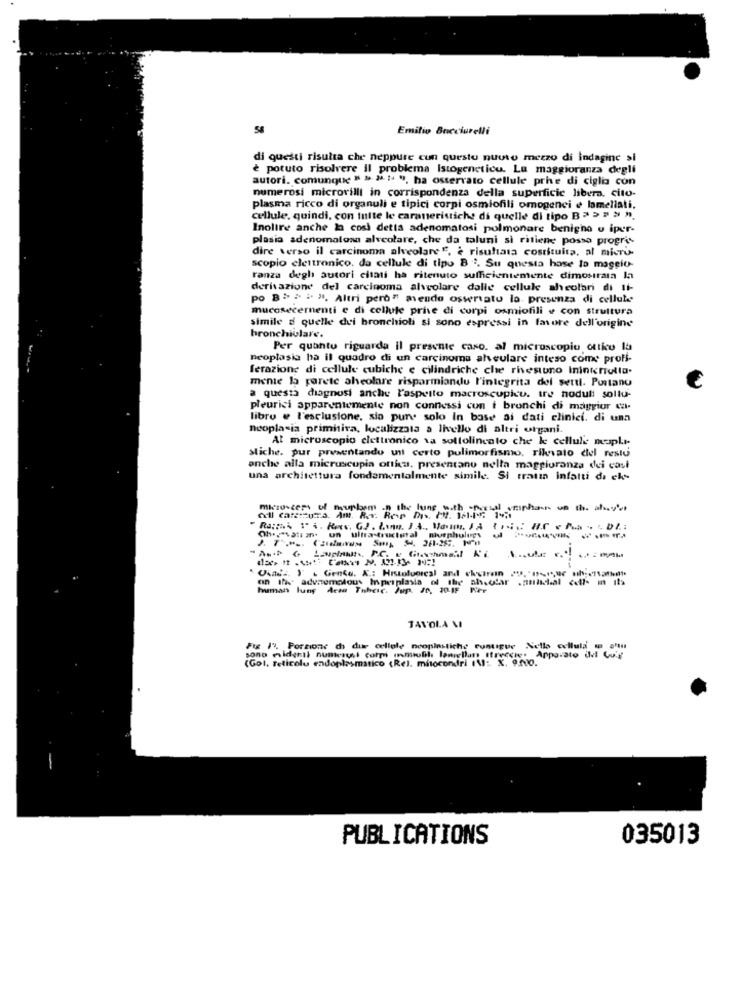
58
Emilio Bucciarelli
di questi risulta che neppure cun questo nuuso mezzo di indagine si
è potuto risolvere il problema Istogeneticu. La maggioranza degli
autori. comunque " > 24 1 ", ha osservato cellule prhe di ciglia con
numerosi microvilli in corrispondenza della superficie libera. cito-
plasma ricco di organuli e tipici corpi osmiofili omogenei e lamellati.
cellule, quindi, con tutte le caratteristiche di quelle di tipo B> > > > ".
Inoltre anche la così detta adenomatosi polmonare benigho u iper-
plasia adenomalosa alveolare, che da taluni si ritiene posso progri
dire verso il carcinoma alveolare ", è risultasa costituita, al micro-
scopio elettronico. da cellule di tipo B '. Su questa hose to maggio-
ranza degli autori citati ha ritenuto sufficientemente dimostrata la
derivazione del carcinoma alveolare dalle cellule alveolari di Ii-
po B " " " ", Altri però" mendo oswriatu lo presenza di cellule
mucosecernenti e di cellule prive di corpi osmiofili e con struttura
simile d quelle dei bronchioli si sono espressi in favore dell'origine
bronchiolare.
Per quanto riguarda il presente caso. al microscopio ottico la
neoplasia ha il quadro di un carcinoma aleulare inteso come profi-
ferazione di cellule cubiche e cilindriche che rivestono Inintertulia.
mente la parete sheolare risparmiando l'integrita del settl. Portano
a questa diagnosi anche l'aspetto macroscupicu. tre noduli sollu-
pleurici apparentemente non connessi cun i bronchi di maggior ca-
libro e l'esclusione, sia pun solo In base ai dati clinici. di una
neoplasia primitiva, localizzata a livello di altri organi.
Al microscopio elettronico va sottolineato che ke cellule napli-
Stiche. pur presentando un certo polimorfismo, riknato del resto
anche alla microscopia ottku, presentano nella maggioranza dei casi
una architettura fondamentalmente simile. Si tratta Infatti de ek --
ess of mupbem . the long, with focus onphan un they
Oh .. "vation. un ultrastructural murphulugs
on the advnumatous Iperplasia of the ahsofar .nulwhal <off- in its
human lung Acan Thheic. Jup. J0, 30.IF
TAVOLA MI
Fig 1". Porzione di due cellole noopinstiche comigue Nello cellula w a
sono midenti nunterusi corpi umiubil lamellan Ifreccie, Apparato ildi Vo.s
(Gol, reticolo endoplasmatico (Rel. mitocondri IV: X. 9.200.
PUBLICATIONS
035013